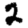
Digit: 2